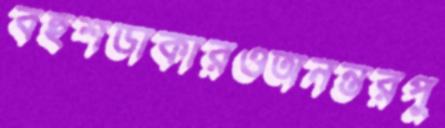
বহুশডাকারওঅনন্তরপু